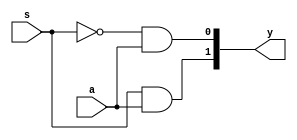
module demux_12(a,s,y);

	input a,s;
	output [1:0]y;

assign y[0]=(~s)&a;
assign y[1]=s&a;

endmodule